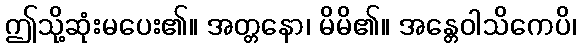
ဤသို့ဆုံးမပေး၏။ အတ္တနော၊ မိမိ၏။ အန္တေဝါသိကေပိ၊